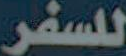
للسفر